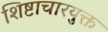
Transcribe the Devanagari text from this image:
शिष्टाचारयुक्त